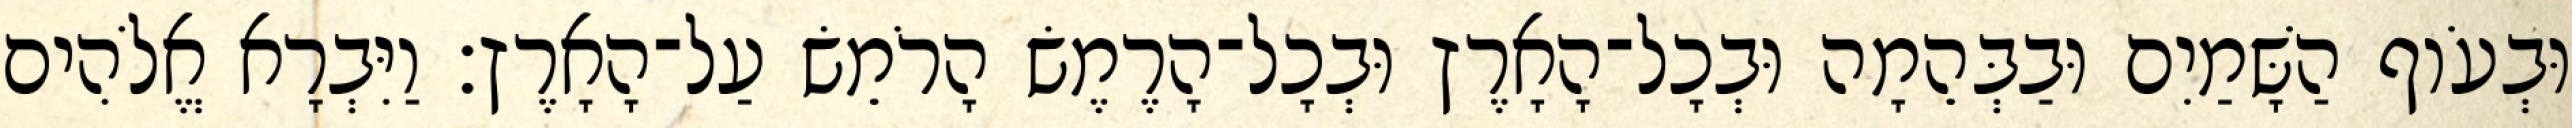
וּבְעֹוף הַשָּׁמַיִם וּבַבְּהֵמָה וּבְכָל־הָאָרֶץ וּבְכָל־הָרֶמֶשׂ הָרֹמֵשׂ עַל־הָאָרֶץ׃ וַיִּבְרָא אֱלֹהִים